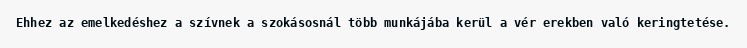
Ehhez az emelkedéshez a szívnek a szokásosnál több munkájába kerül a vér erekben való keringtetése.